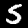
Digit: 5